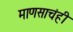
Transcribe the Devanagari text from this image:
माणसाचंही